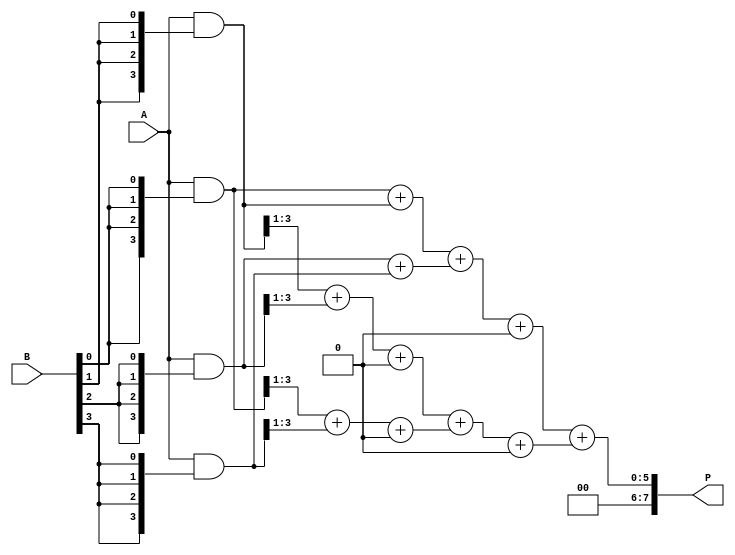
module unfolded_wallace_tree_multiplier (
    input [3:0] A,        // First multiplicand
    input [3:0] B,        // Second multiplicand
    output [7:0] P        // Product output
);

    // Partial product generation
    wire [3:0] pp [3:0];  // Partial products

    assign pp[0] = A & {4{B[0]}};
    assign pp[1] = A & {4{B[1]}};
    assign pp[2] = A & {4{B[2]}};
    assign pp[3] = A & {4{B[3]}};

    // Intermediate wires for reduction
    wire [4:0] s1 [3:0];  // Sums for stage 1
    wire [4:0] s2 [2:0];  // Sums for stage 2
    wire [3:0] c1 [3:0];  // Carries for stage 1
    wire [3:0] c2 [2:0];  // Carries for stage 2

    // Stage 1: Combine partial products using half adders and full adders
    // Row 0
    assign {c1[0], s1[0]} = pp[0] + pp[1]; // First two partial products
    // Row 1
    assign {c1[1], s1[1]} = pp[2] + pp[3]; // Last two partial products
    // Row 2
    assign {c1[2], s1[2]} = {1'b0, pp[1][3:1]} + {1'b0, pp[2][3:1]} + c1[0]; // Combine with carry
    // Row 3
    assign {c1[3], s1[3]} = {1'b0, pp[0][3:1]} + {1'b0, pp[3][3:1]} + c1[1]; // Combine with carry

    // Stage 2: Further reduction
    // Row 0
    assign {c2[0], s2[0]} = s1[0] + s1[1] + c1[2]; // Combine sums and carry
    // Row 1
    assign {c2[1], s2[1]} = s1[2] + s1[3] + c1[3]; // Combine sums and carry

    // Final addition
    assign P = s2[0] + s2[1]; // Final product

endmodule